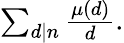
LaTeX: \textstyle\sum_{d\mid n}{\frac{\mu(d)}{d}}.